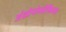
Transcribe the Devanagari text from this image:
अंथ्रोपोमोर्फिक्स